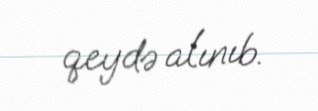
qeydə alınıb.